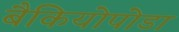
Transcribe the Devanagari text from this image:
बैकियोपोडा